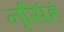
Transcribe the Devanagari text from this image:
नृसिंहं